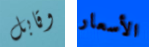
وقابل الأسعار